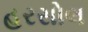
હરસોલ